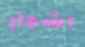
اشجار